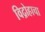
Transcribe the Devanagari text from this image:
विद्रोहाचा